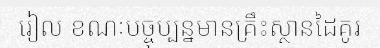
រៀល ខណៈបច្ចុប្បន្នមានគ្រឹះស្ថានដៃគូរ